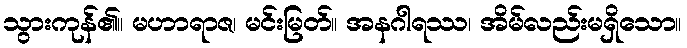
သွားကုန်၏။ မဟာရာဇ၊ မင်းမြတ်။ အနဂါရဿ၊ အိမ်လည်းမရှိသော။